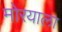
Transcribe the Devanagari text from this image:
मोरयाला